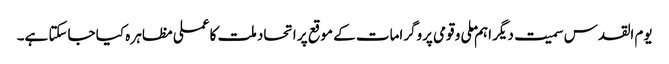
یوم القدس سمیت دیگر اہم ملی و قومی پروگرامات کے موقع پر اتحاد ملت کا عملی مظاہر ہ کیا جاسکتا ہے۔